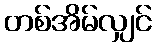
တစ်အိမ်လျှင်